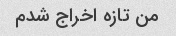
من تازه اخراج شدم